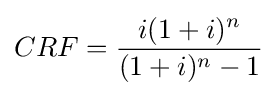
CRF={\frac {i(1+i)^{n}}{(1+i)^{n}-1}}